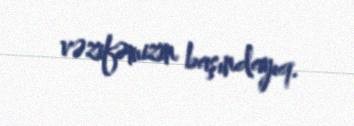
vəzifəmizin başındayıq.